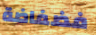
فضفاضة